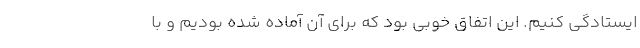
ایستادگی کنیم. این اتفاق خوبی بود که برای آن آماده شده بودیم و با